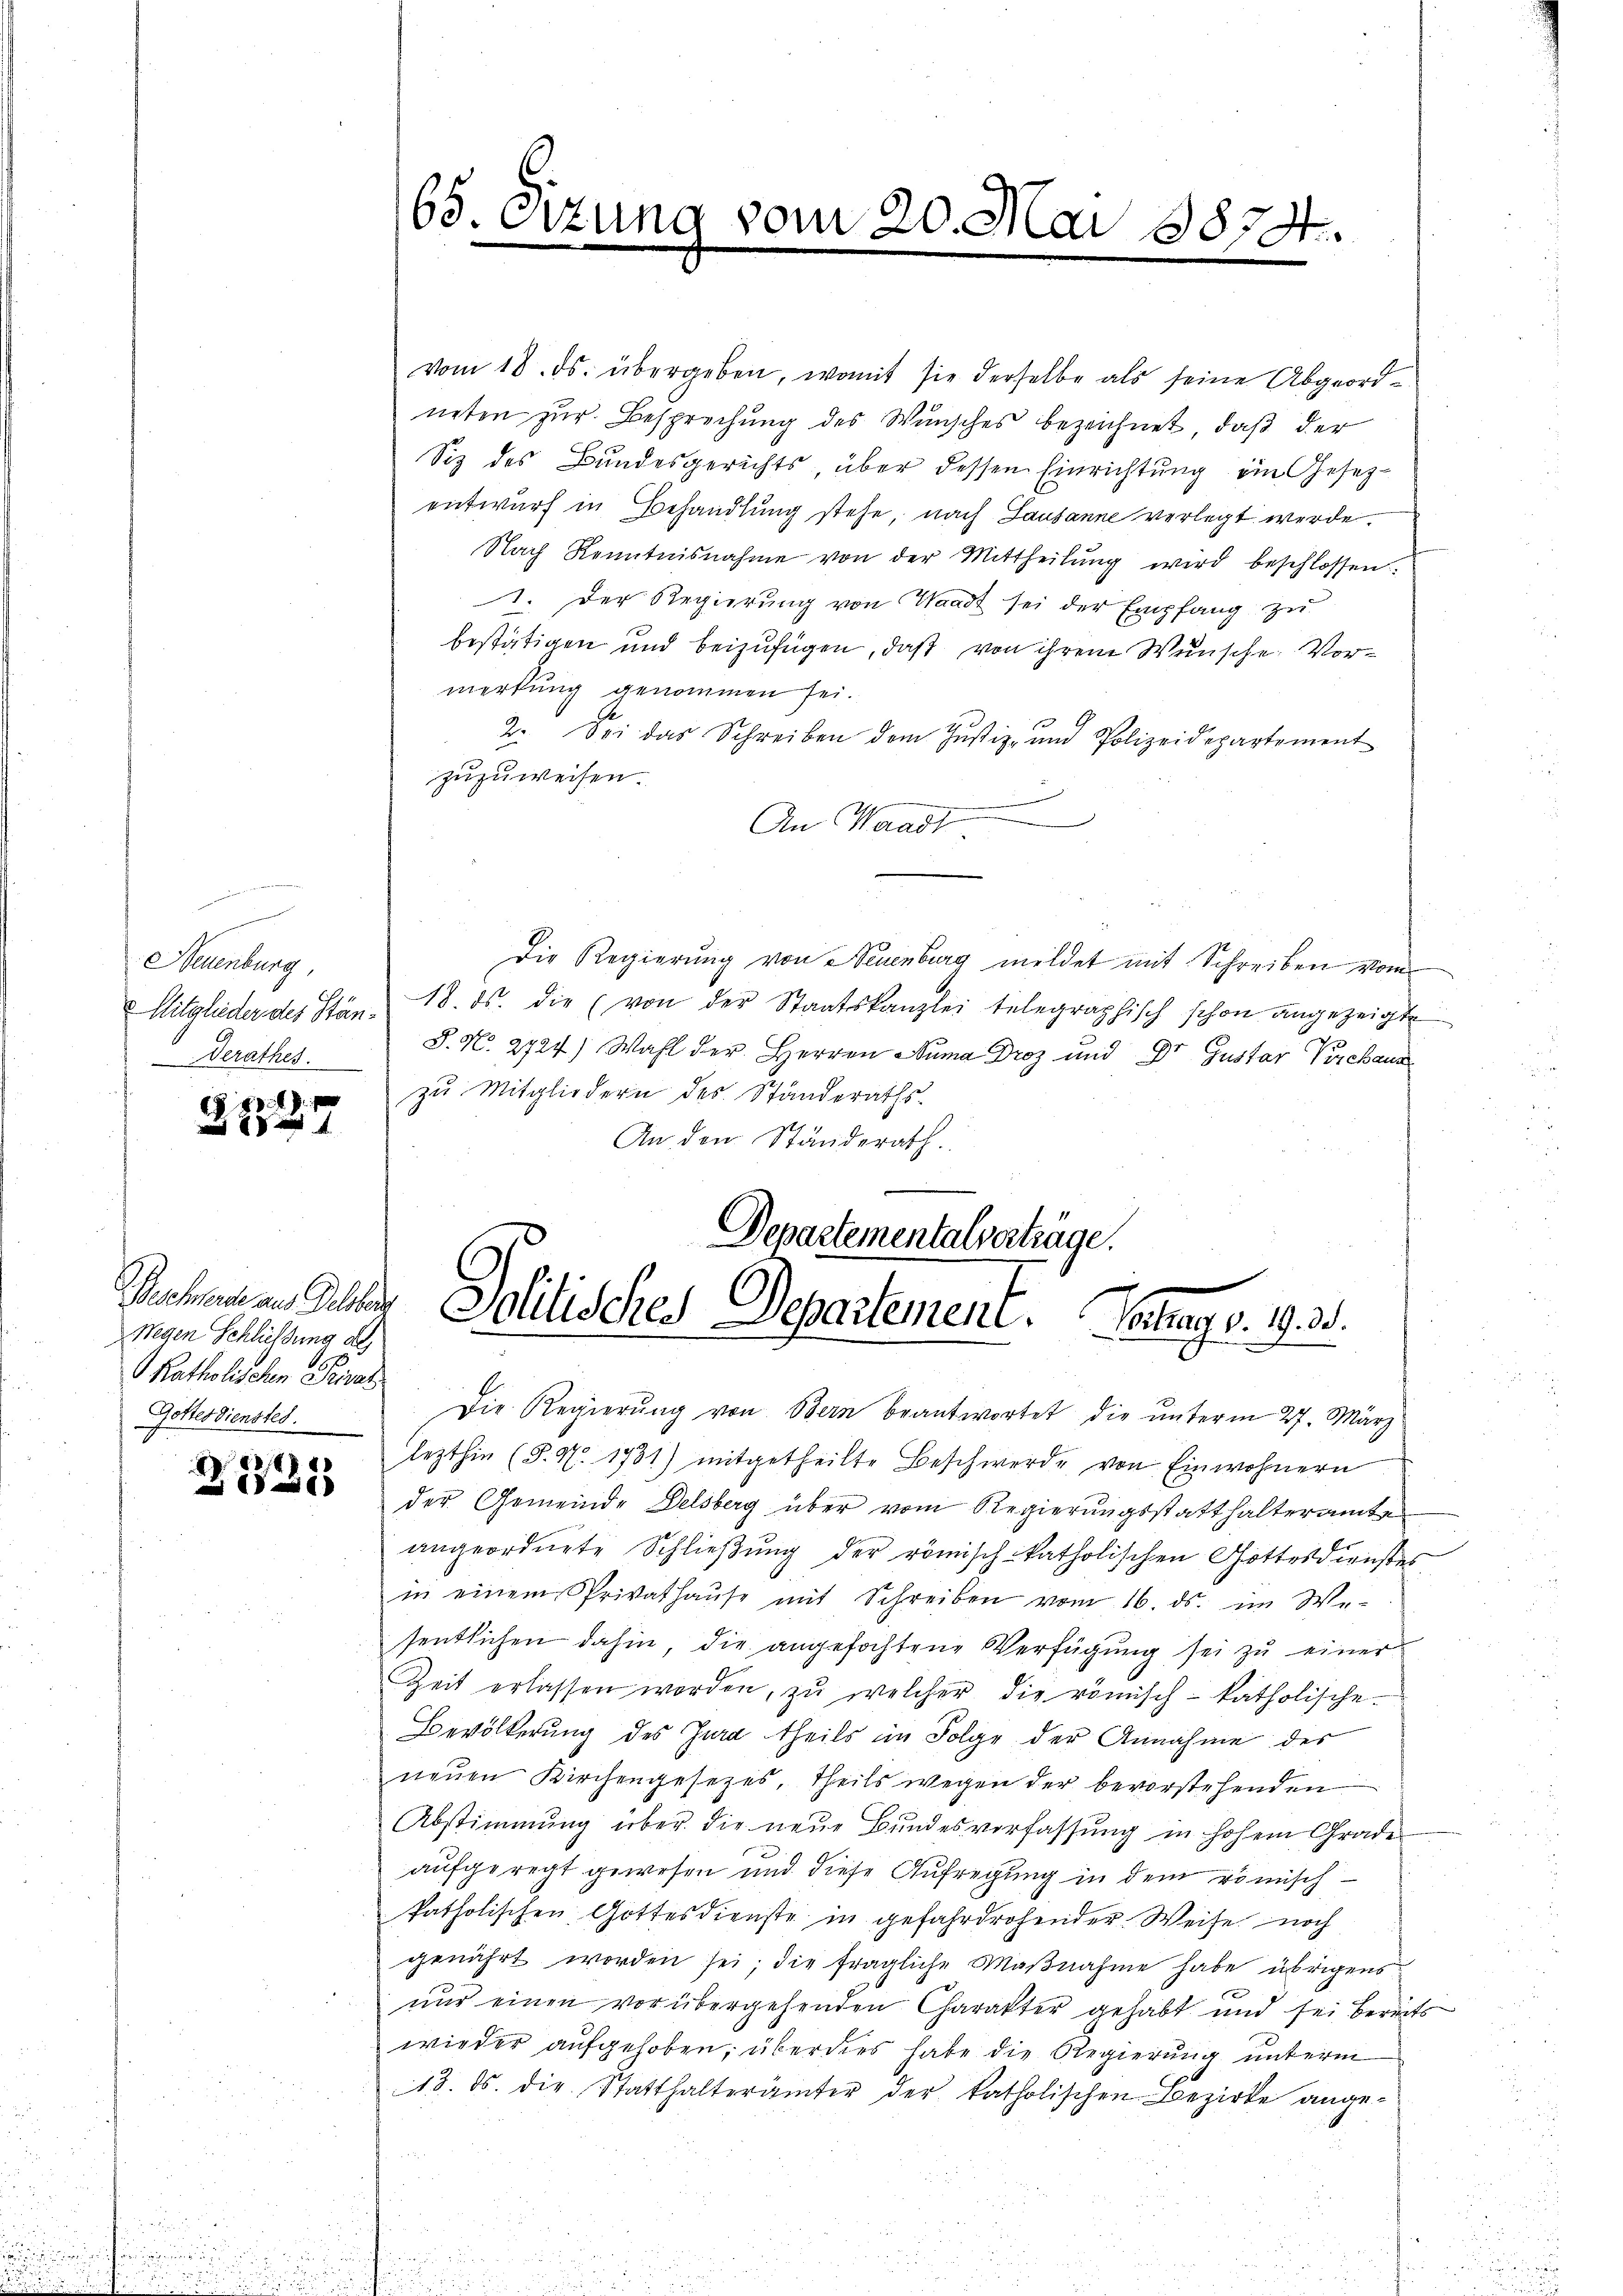
n
Neuenburg,
 Mitglieder des Stän¬
Derathes.

84
8 x 4

wegen Schliessung al
Ratholischen Privat
Gottesdienstes.

E
21

65. Sizung vom 20. Mai 1874.

vom 18. ds. übergeben, womit sie derselbe als seine Abgeordneten zur Besprechung des Wunsches bezeichnet, daß der
Siz des Bundesgerichts, über dessen Einrichtung ein Gesezentwurf in Behandlung stehe, nach Lausanne verlegt werde.
Nach Kenntnisnahme von der Mittheilŭng wird beschlossen:
1. Der Regierung von Waadt sei der Empfang zu
bestätigen und beizufügen, daß von ihrem Wunsche Vormerkung genommen sei.
2. Sei das Schreiben dem Justiz- und Polizeidepartement
zuzuweisen.
An Waadt
Die Regierung von Neuenburg meldet mit Schreiben vom
18. ds. die (von der Staatskanzlei telegraphisch schon angezeigte
S. No. 2724) Wahl der Herren Numa Droz und Dr Gustar Verchaus
zu Mitgliedern des Standeraths-
An den Ständerath.
Departementalverträge.

Mechanen Gelder Politisches Departement. Vortrag v. 19. 35.

Die Regierŭng von Bern beantwortet die ŭnterm 27. März
lezthin (T. N. 1731) mitgetheilte Beschwerde von Einwohnern
der Gemeinde Delsberg über vom Regierungsstatthalteramte
angeordnete Schließung der römisch-katholischen Gottesdienstes
in einem Privathaŭse mit Schreiben vom 16. ds. im We-
sentlichen dahin, die angefochtene Verfügung sei zu einer
Zeit erlassen worden, zu welcher die römisch-katholische
Bevölkerung des Jura theils im Folge der Annahme des
neuen Kirchengesetzes, theils wegen der bevorstehenden
Abstimmung über die neue Bundesverfassung in hohem Grade
aufgeregt gewesen und diese Aufregung in dem römisch
katholischen Gottesdienste in gefahrdrohender Weise noch
genährt worden sei; die fragliche Maßnahme habe übrigens
nur einen vorübergehenden Charakter gehabt und sei bereits
wieder aufgehoben; überdies habe die Regierung unterm
18. ds. die Statthalterämter der katholischen Bezirke ange-